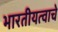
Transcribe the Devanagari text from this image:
भारतीयत्वाचे